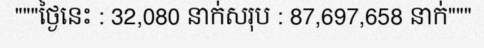
"""ថ្ងៃនេះ : 32,080 នាក់សរុប : 87,697,658 នាក់"""